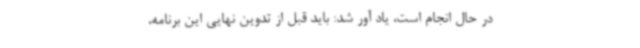
در حال انجام است، یاد آور شد: باید قبل از تدوین نهایی این برنامه،